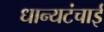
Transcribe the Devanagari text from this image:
धान्यटंचाई